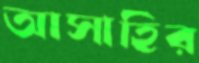
আসাহির